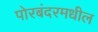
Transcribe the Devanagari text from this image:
पोरबंदरमधील